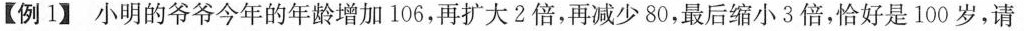
【例1】小明的爷爷今年的年龄增加106，再扩大2倍，再减少80，最后缩小3倍，恰好是100岁，请